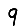
Digit: 9